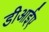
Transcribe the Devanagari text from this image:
डीआईए